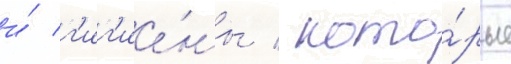
и́ г'иг'ие́ны / кото́рые